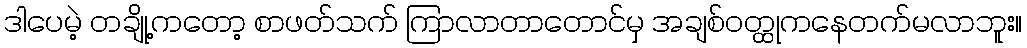
ဒါပေမဲ့ တချို့ကတော့ စာဖတ်သက် ကြာလာတာတောင်မှ အချစ်ဝတ္ထုကနေတက်မလာဘူး။